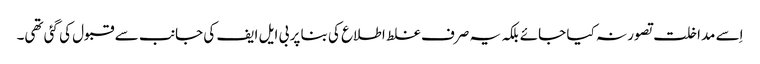
اِسے مداخلت تصور نہ کیا جائے بلکہ یہ صرف غلط اطلاع کی بنا پر بی ایل ایف کی جانب سے قبول کی گئی تھی۔